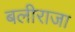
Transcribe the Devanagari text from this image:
बलीराजा